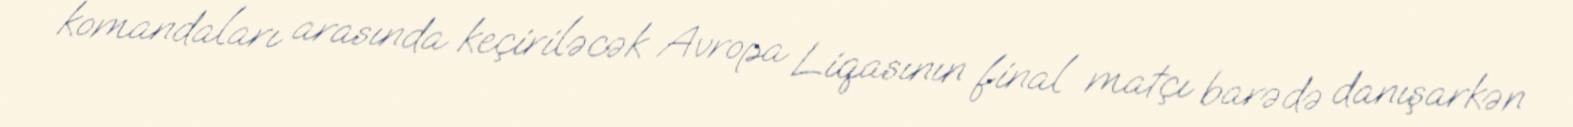
komandaları arasında keçiriləcək Avropa Liqasının final matçı barədə danışarkən